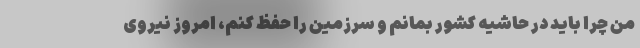
من چرا باید در حاشیه کشور بمانم و سرزمین را حفظ کنم، امروز نیروی